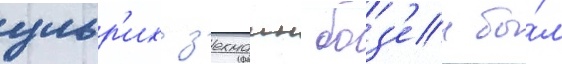
ульр'их з'ехманн боз'ен бы́л